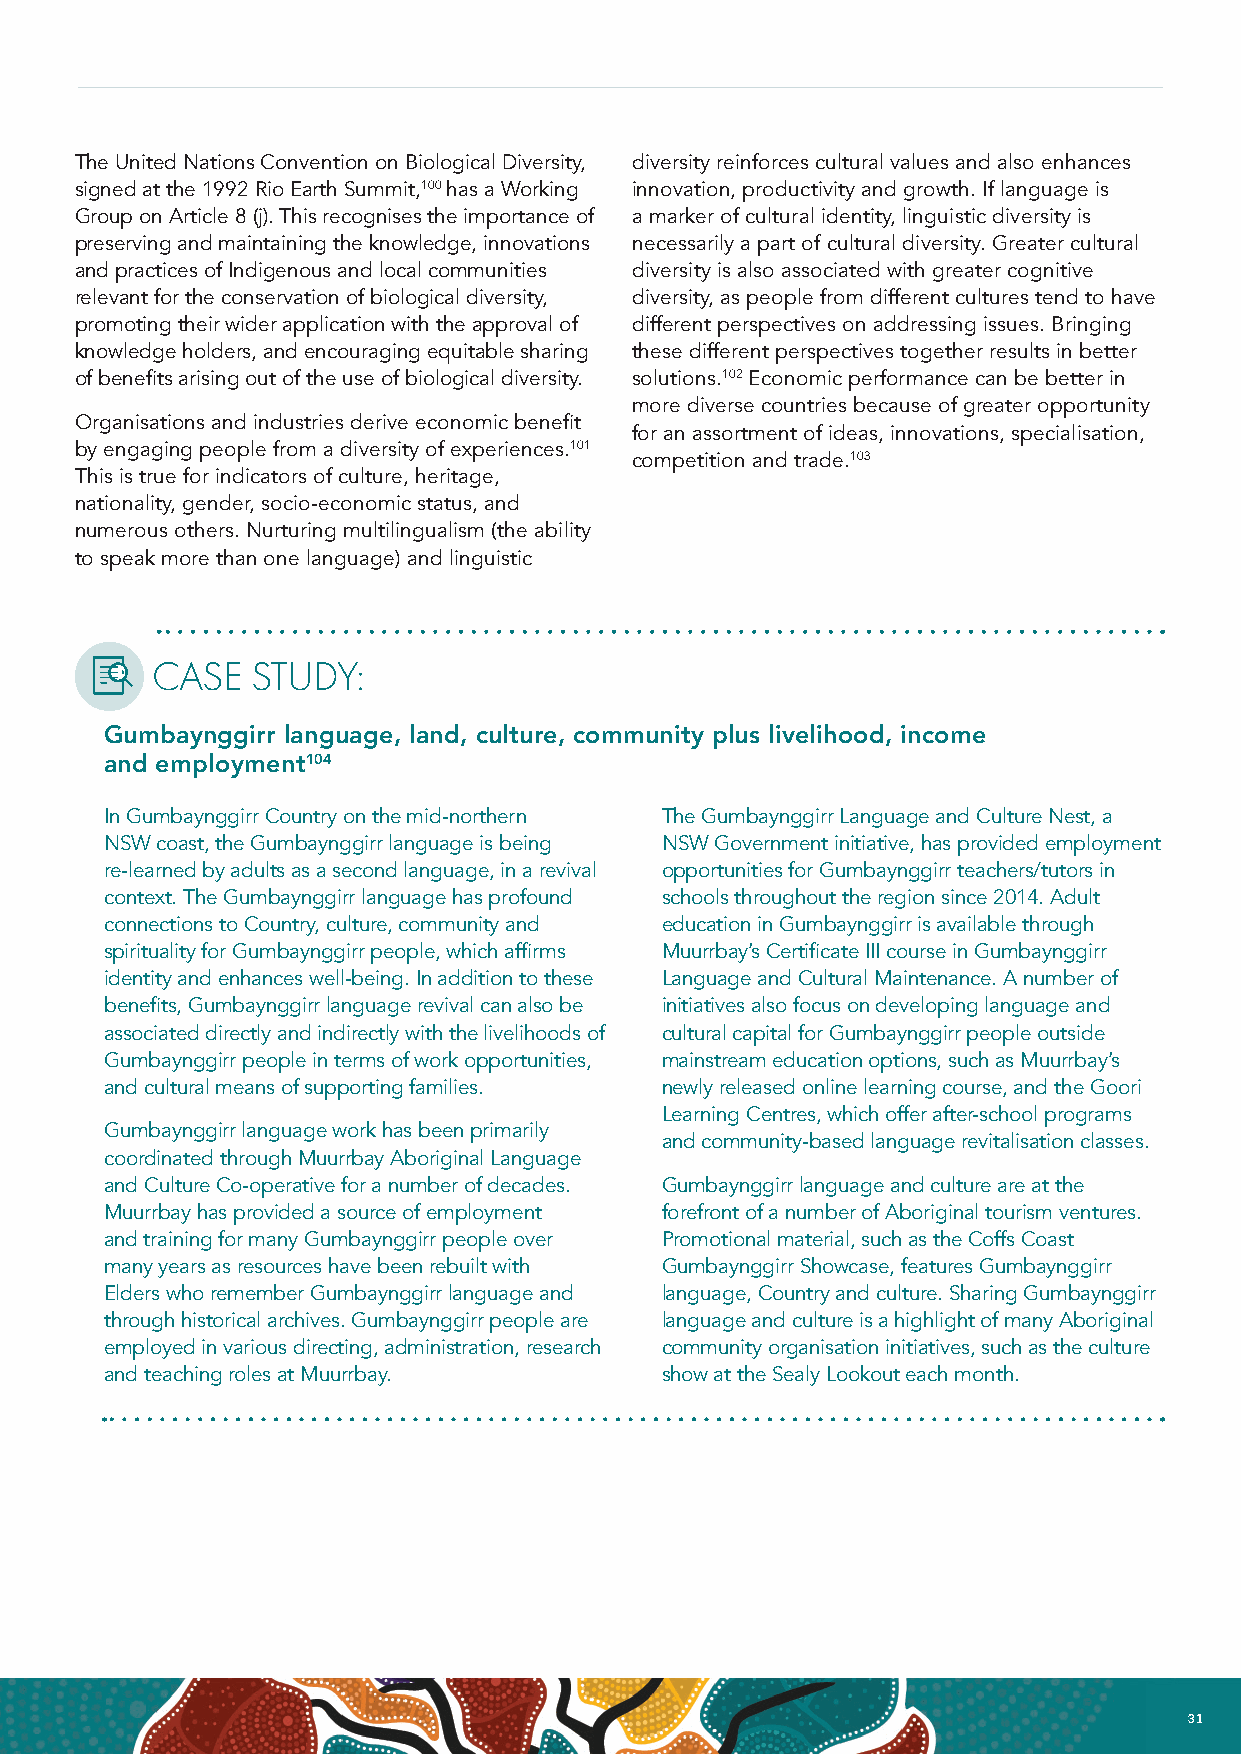
The United Nations Convention on Biological Diversity, diversity reinforces cultural values and also enhances
 signed at the 1992 Rio Earth Summit,100 has a Working innovation, productivity and growth. If language is
 Group on Article 8 (j). This recognises the importance of a marker of cultural identity, linguistic diversity is
 preserving and maintaining the knowledge, innovations necessarily a part of cultural diversity. Greater cultural
 and practices of Indigenous and local communities diversity is also associated with greater cognitive
 relevant for the conservation of biological diversity, diversity, as people from different cultures tend to have
 promoting their wider application with the approval of different perspectives on addressing issues. Bringing
 knowledge holders, and encouraging equitable sharing these different perspectives together results in better
 of benefits arising out of the use of biological diversity. solutions.102 Economic performance can be better in
 more diverse countries because of greater opportunity
 Organisations and industries derive economic benefit
 for an assortment of ideas, innovations, specialisation,
 by engaging people from a diversity of experiences.101
 competition and trade.103
 This is true for indicators of culture, heritage,
 nationality, gender, socio-economic status, and
 numerous others. Nurturing multilingualism (the ability
 to speak more than one language) and linguistic
 CASE   STUDY:
 Gumbaynggirr language, land, culture, community plus livelihood, income
 and employment104
 In Gumbaynggirr Country on the mid-northern The Gumbaynggirr Language and Culture Nest, a
 NSW coast, the Gumbaynggirr language is being NSW Government initiative, has provided employment
 re-learned by adults as a second language, in a revival opportunities for Gumbaynggirr teachers/tutors in
 context. The Gumbaynggirr language has profound schools throughout the region since 2014. Adult
 connections to Country, culture, community and education in Gumbaynggirr is available through
 spirituality for Gumbaynggirr people, which affirms Muurrbay’s Certificate III course in Gumbaynggirr
 identity and enhances well-being. In addition to these Language and Cultural Maintenance. A number of
 benefits, Gumbaynggirr language revival can also be initiatives also focus on developing language and
 associated directly and indirectly with the livelihoods of cultural capital for Gumbaynggirr people outside
 Gumbaynggirr people in terms of work opportunities, mainstream education options, such as Muurrbay’s
 and cultural means of supporting families. newly released online learning course, and the Goori
 Learning Centres, which offer after-school programs
 Gumbaynggirr language work has been primarily
 and community-based language revitalisation classes.
 coordinated through Muurrbay Aboriginal Language
 and Culture Co-operative for a number of decades. Gumbaynggirr language and culture are at the
 Muurrbay has provided a source of employment forefront of a number of Aboriginal tourism ventures.
 and training for many Gumbaynggirr people over Promotional material, such as the Coffs Coast
 many years as resources have been rebuilt with Gumbaynggirr Showcase, features Gumbaynggirr
 Elders who remember Gumbaynggirr language and language, Country and culture. Sharing Gumbaynggirr
 through historical archives. Gumbaynggirr people are language and culture is a highlight of many Aboriginal
 employed in various directing, administration, research community organisation initiatives, such as the culture
 and teaching roles at Muurrbay.      show at the Sealy Lookout each month.
 30 NATIONAL INDIGENOUS LANGUAGES REPORT                                        31